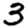
Digit: 3